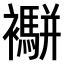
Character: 𧟁